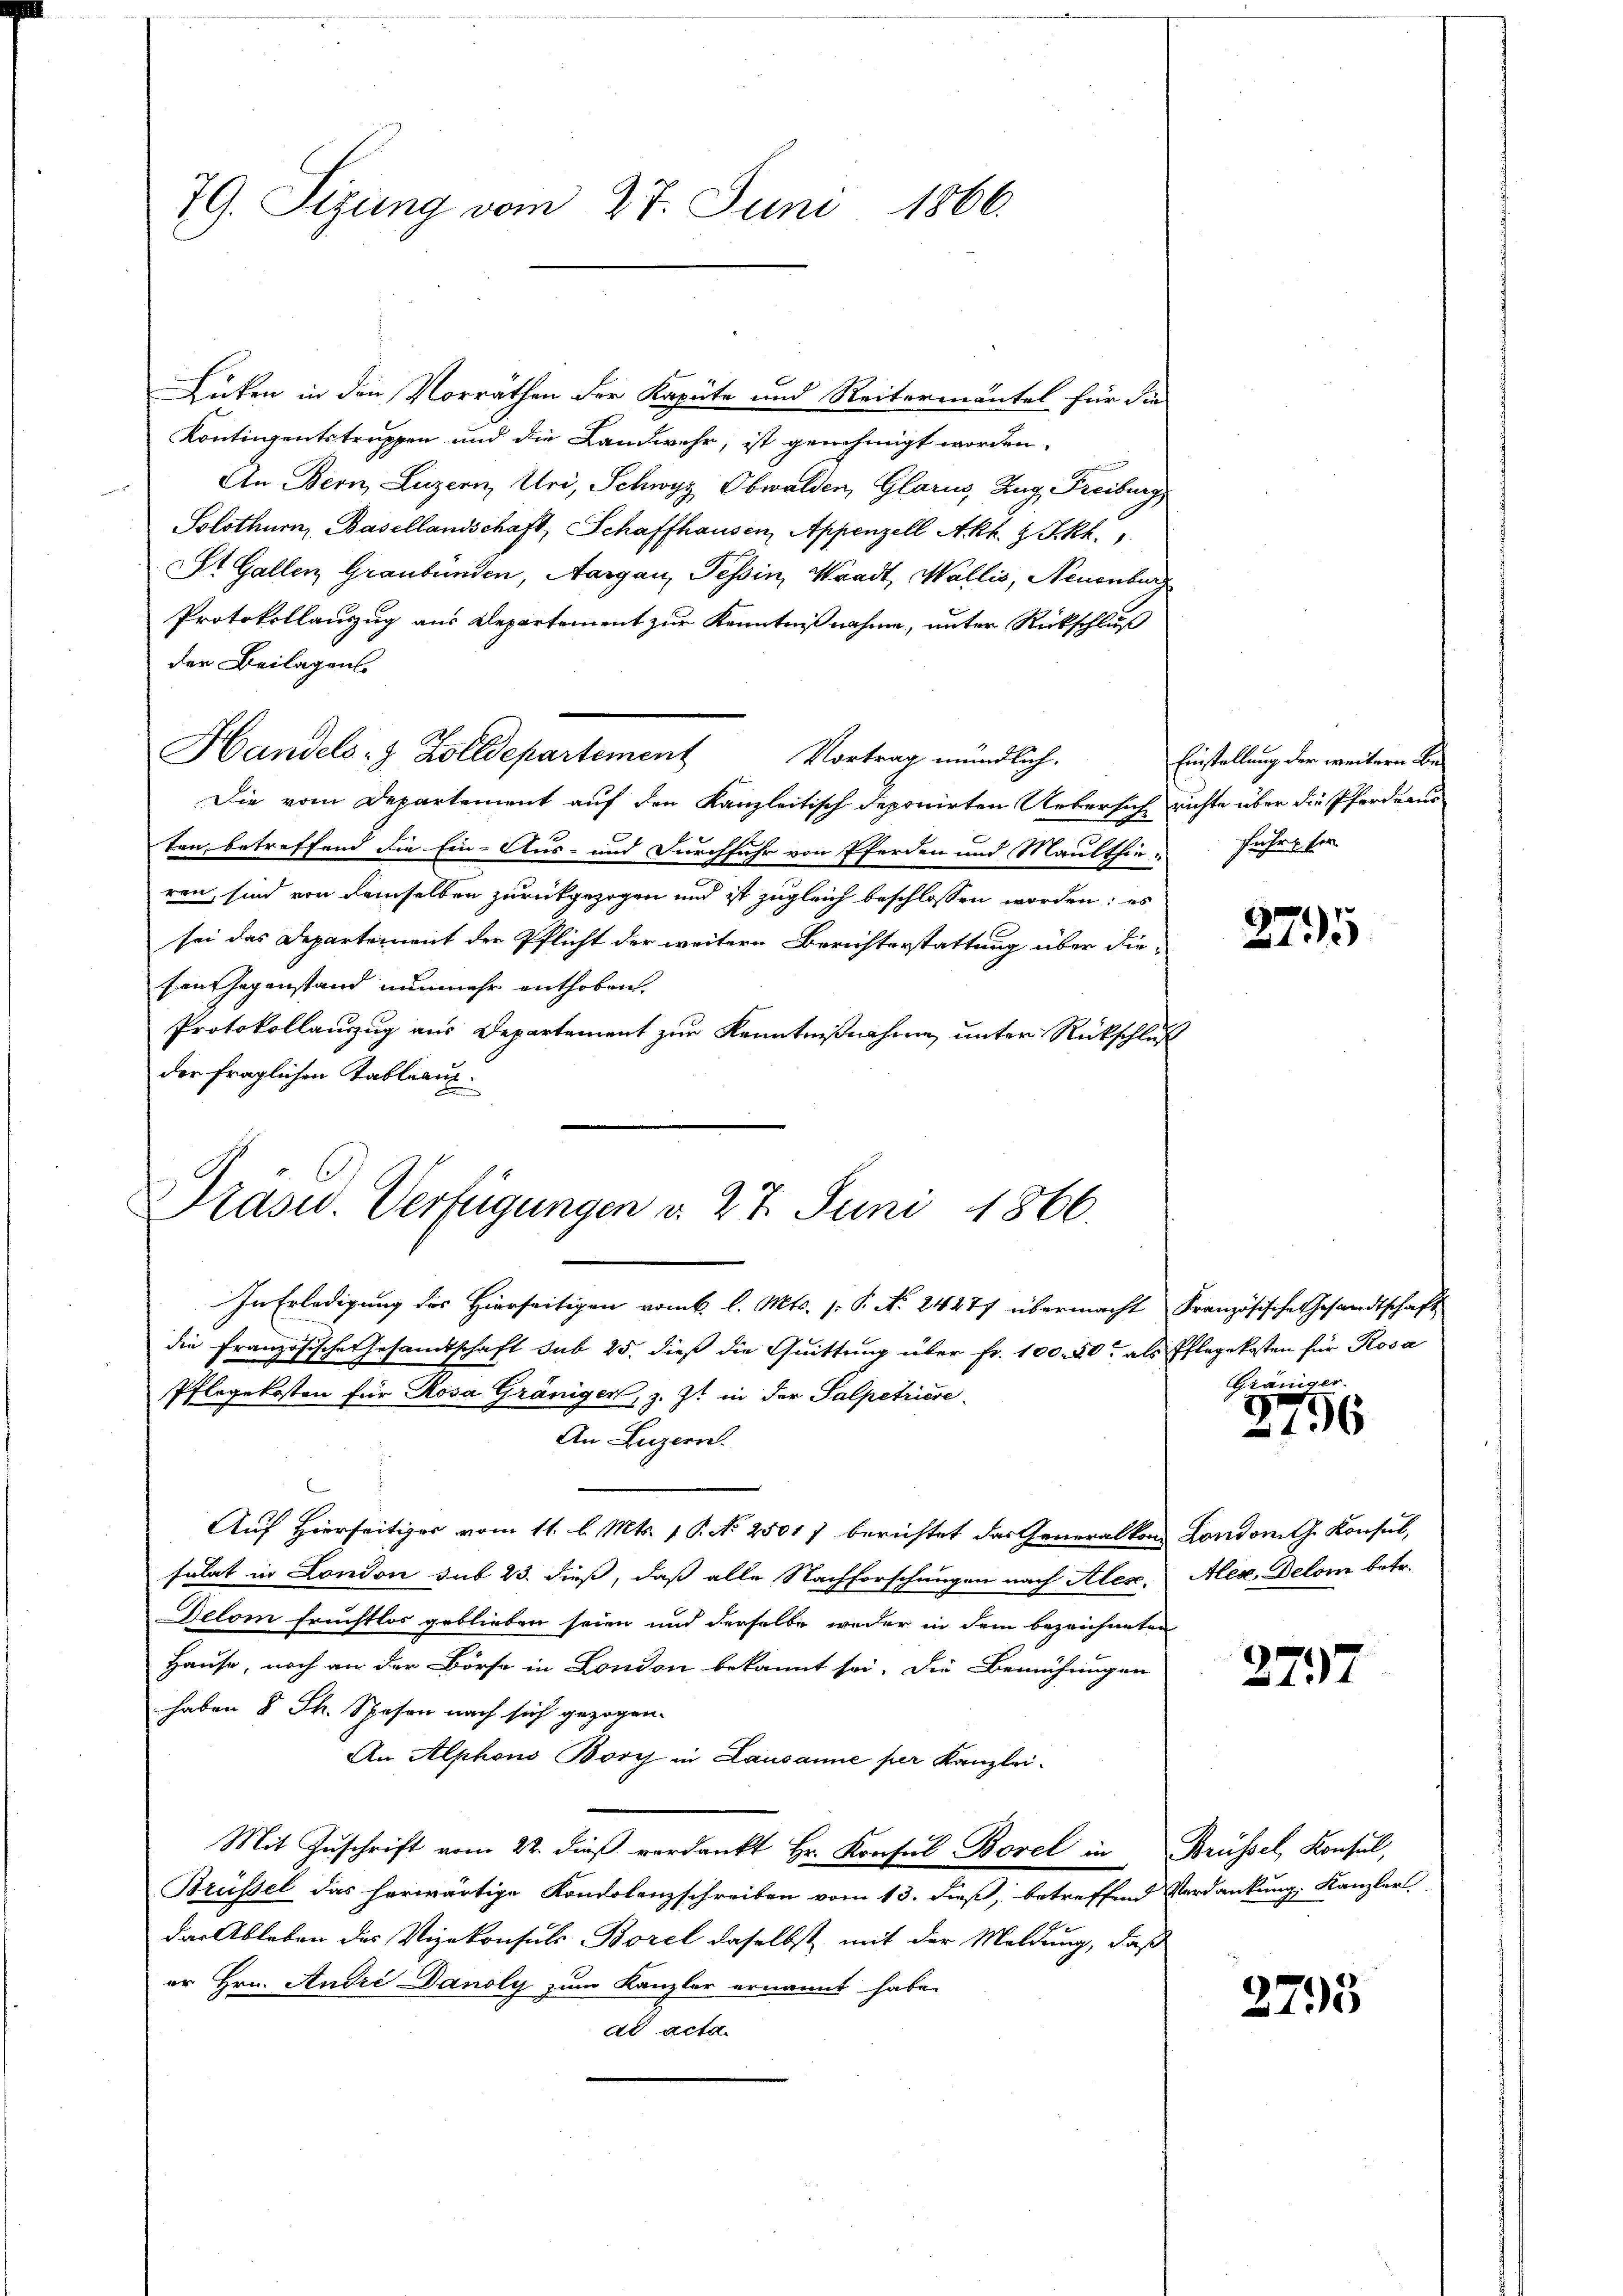
79. Sizung vom 27. Juni 1866.

Lücken in den Vorräthen der Kapüte und Reitermäntel für die
Kontingentstruppen und die Landwehr, ist genehmigt worden.
An Bern, Luzern, Uri, Schwyz, Obwalden, Glarus, Zug, Freiburg
Solothurn, Basellandschaft, Schaffhausen, Appenzell Akt. 1 Pkt.
St. Gallen Graubünden, Aargau, Tessin, Waadt, Wallis, Neuenburg
Protokollauszug aus Departement zur Kenntnißnahme, unter Rückschluß
der Beilagens
Handels- & Zolldepartement Vortrag mündlich.
Die vom Departement auf den Kanzleitisch deponirten Uebersich richte über die Pferdeaus
ten betreffend die Ein- Aus- und Durchfuhr von Pferden und Maulthie- Fuhre sor
ren, sind von demselben zurückgezogen und ist zugleich beschlossen worden; es
sei das Departement der Pflicht der weitern Berichterstattung über die-
ten Gegenstand nunmehr enthoben.
Protokollanzug aus Departement zur Kenntnißnahme unter Rückschluß
der fraglichen Tableauz

Prasw. Verfügungen d. 27. Juni 1866.

In Erledigung des Hierseitigen vom k. l. Mts. (: P. N. 24277 übermacht Französische Gesandtschaft
die französische Gesandtschaft sub 25. dieß die Quittung über fr. 100. 40. als Pflegekosten für Rosa
Pflegekosten für Rosa Gränigen, z. Zt. in der Salpetriere
An Luzern.
Auf Hierseitiges vom 11. l. Mts. 1 P. N. 25017 berichtet das Generalkon Londonith Konsul,
sulat in London sub 23. dieß, daß alle Nachforschungen nach Ales.
Belom fruchtlos geblieben seien und derselbe weder in dem bezeichneten
Hause, noch an der Börse in London bekannt sei. Die Bemühungen
haben 8 Th. Spesen nach sich gezogen.
An Alphons Bory in Lausanne per Kanzlei-
Mit Zuschrift vom 22. dieß verdankt Hr. Konsul Borel in Brüssel, Konsul,
Brüssel das herwärtige Kondolenzschreiben vom 13. dieß, betreffend Verdankung, Kanzler
das Ableben des Vizekonsuls Borel daselbst mit der Meldung, daß
er Hrn. Andre Danoly zum Kanzler ernannt habe.
dd acta.

Einstellung der weitern Be¬

2795

e

2796

Alex, Delom betr.

2797

2793